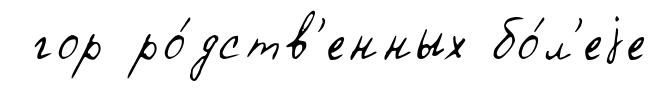
гор ро́дств'енных бо́л'еjе